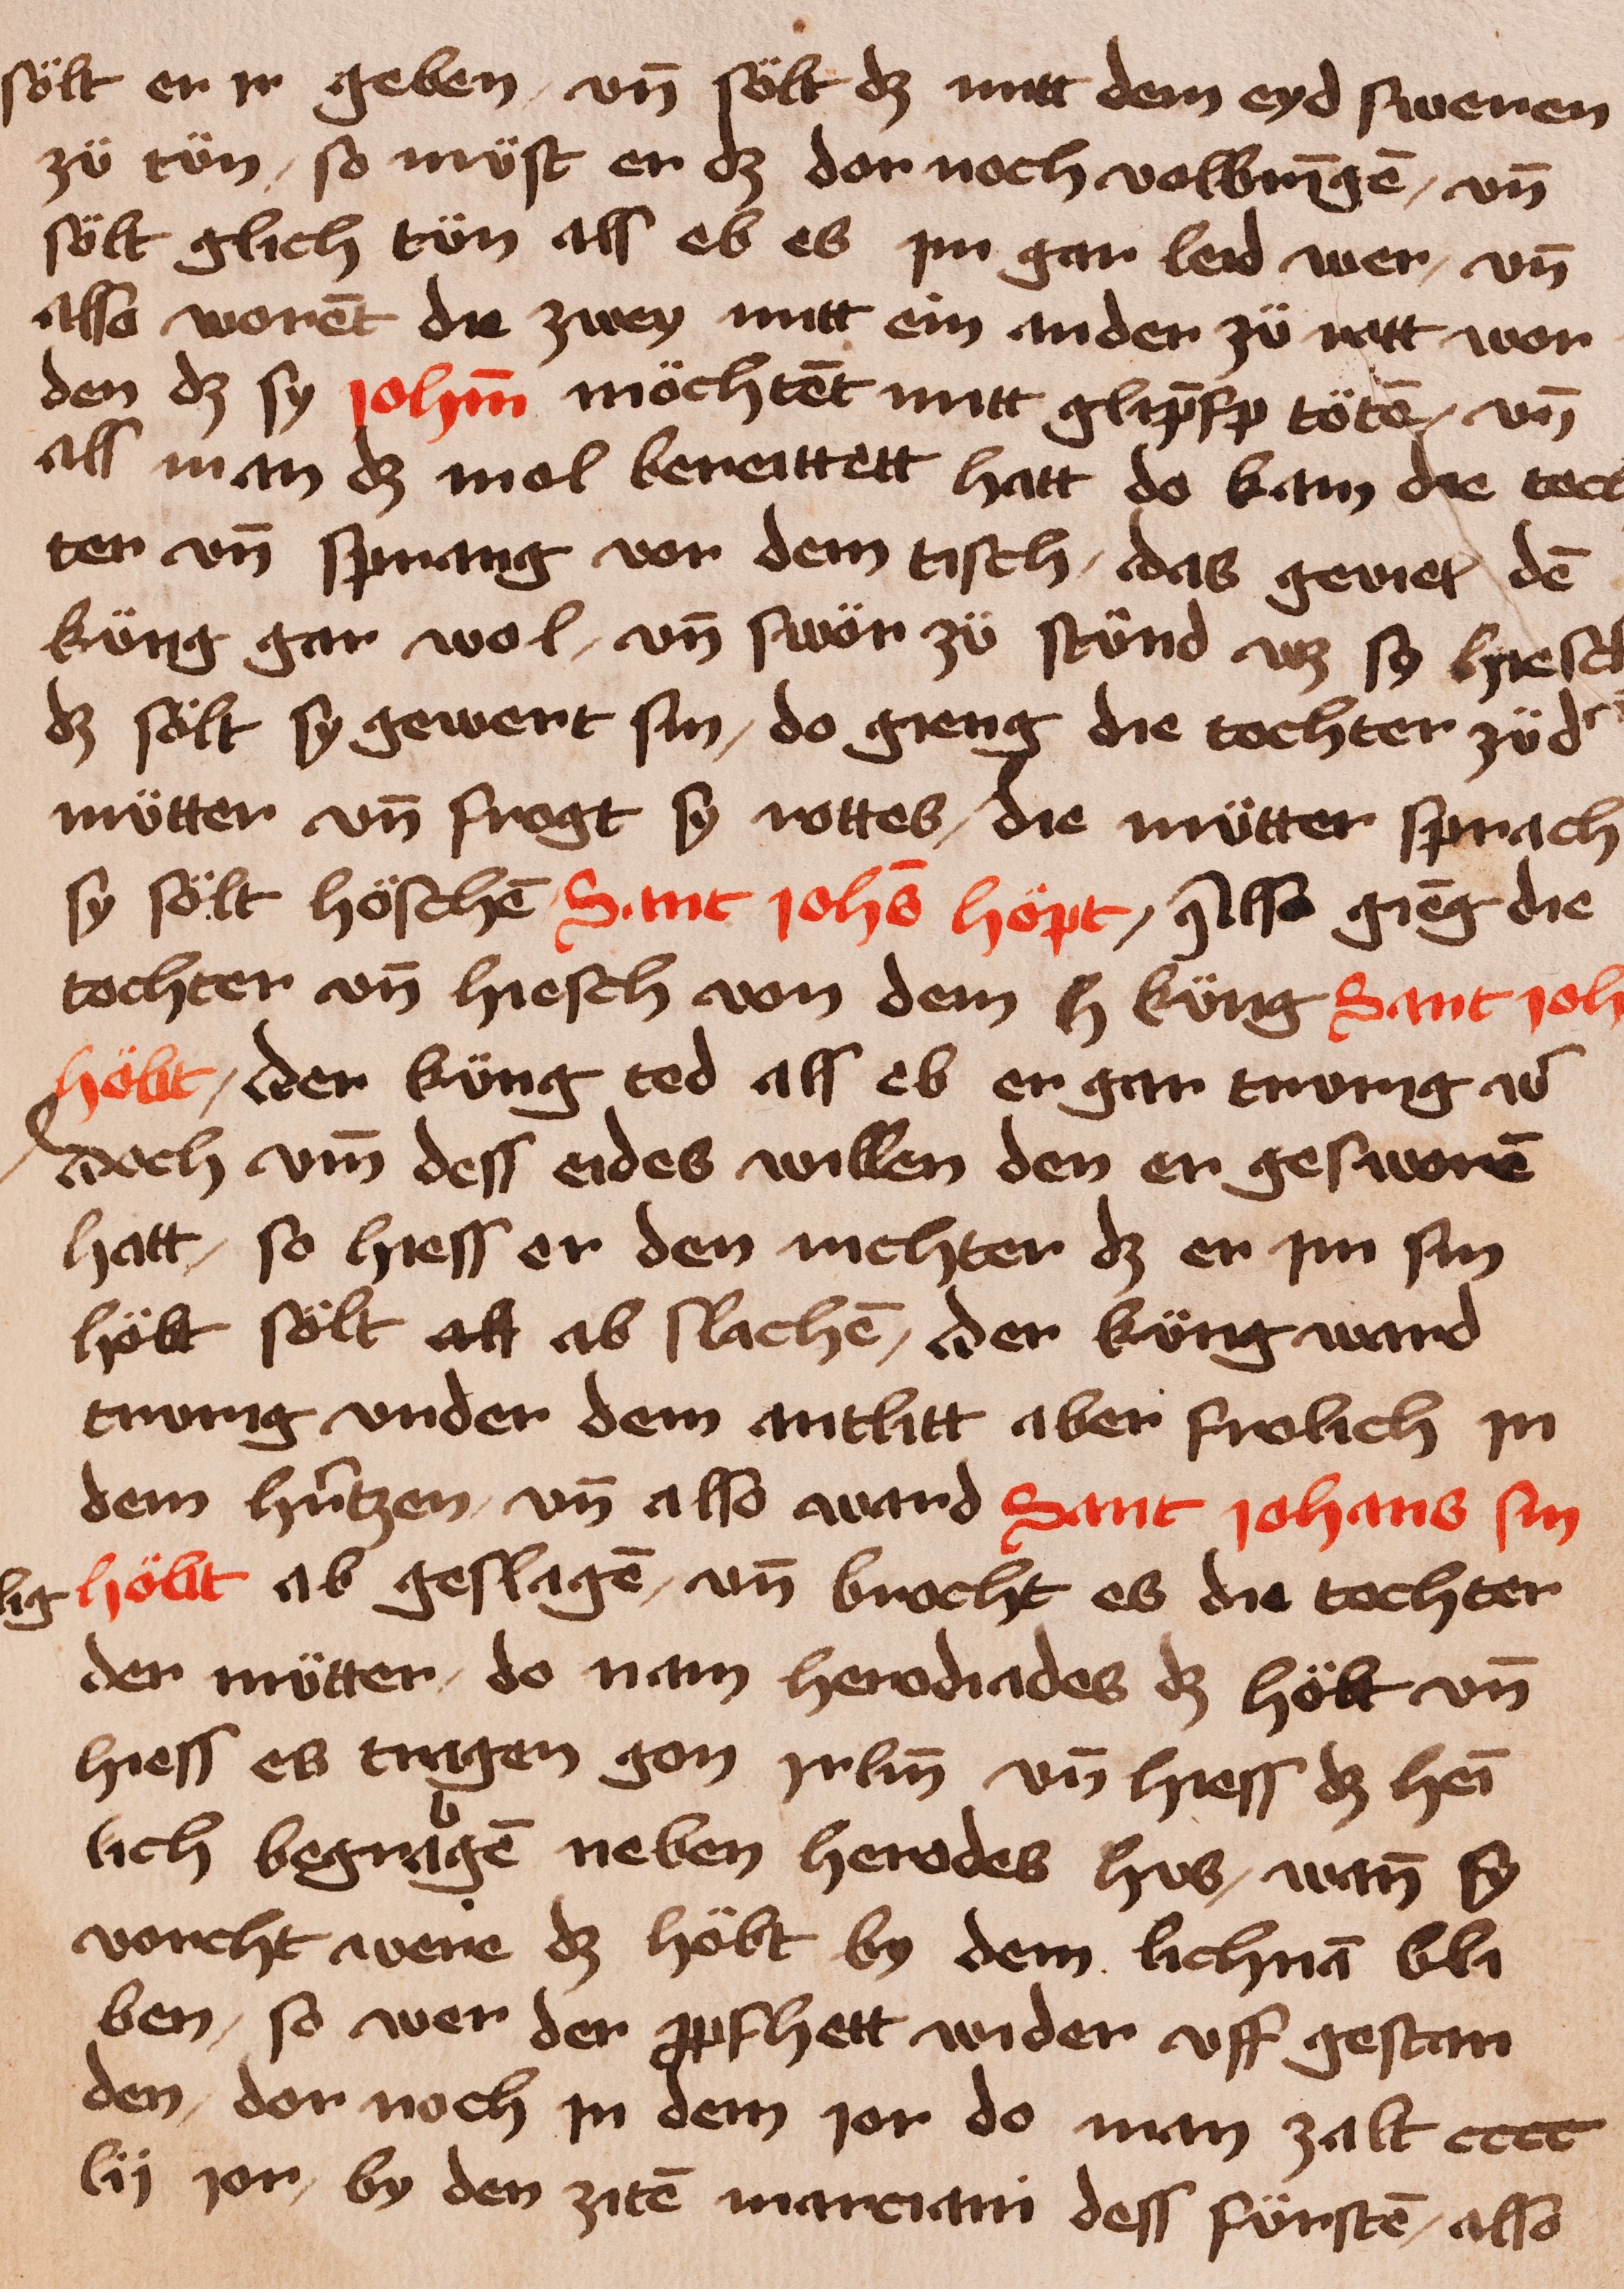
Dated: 1400–1449